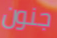
جنون